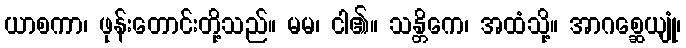
ယာစကာ၊ ဖုန်းတောင်းတို့သည်။ မမ၊ ငါ၏။ သန္တိကေ၊ အထံသို့။ အာဂစ္ဆေယျုံ၊